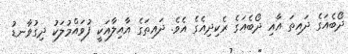
ދޯބެއަގެ ދައިތަ އާއި ދޯބެއަގެ ރެކިދިއެގެ އެވެ. ދައިތަގެ އާއިލާއަކީ ފުވައްމުލަކު ދިގުވާނޑު